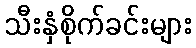
သီးနှံစိုက်ခင်းများ